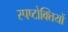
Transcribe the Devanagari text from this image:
स्पष्टोक्तियों